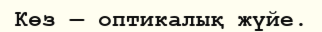
Көз — оптикалық жүйе.